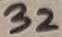
Text: 32